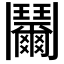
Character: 𩰞